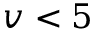
v < 5